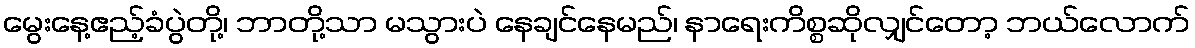
မွေးနေ့ဧည့်ခံပွဲတို့၊ ဘာတို့သာ မသွားပဲ နေချင်နေမည်၊ နာရေးကိစ္စဆိုလျှင်တော့ ဘယ်လောက်